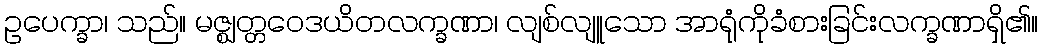
ဥပေက္ခာ၊ သည်။ မဇ္ဈတ္တဝေဒယိတလက္ခဏာ၊ လျစ်လျူသော အာရုံကိုခံစားခြင်းလက္ခဏာရှိ၏။